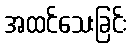
အထင်သေးခြင်း